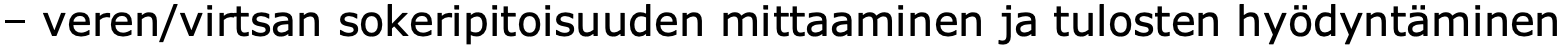
– veren/virtsan sokeripitoisuuden mittaaminen ja tulosten hyödyntäminen